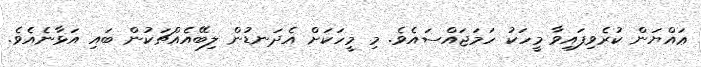
ޢައްޔަން ކުރެވިފައިވާ މީހަކު ހަމަޖައްސައެވެ. މި މީހަކަށް އެދަނޑުން ލިބޭއެއްޗަކުން ބައި އަޅާނެއެވެ.